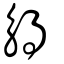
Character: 䚟